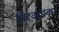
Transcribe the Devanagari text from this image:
बिरवाडकर